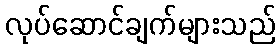
လုပ်ဆောင်ချက်များသည်